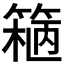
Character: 𬕢